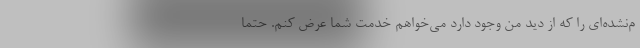
م‌نشده‌ای را که از دید من وجود دارد می‌خواهم خدمت شما عرض کنم. حتماً